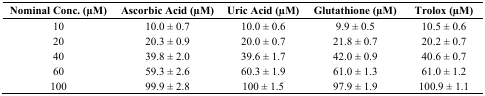
<table><thead><tr><td><b>Nominal Conc. (μM)</b></td><td><b>Ascorbic Acid (μM)</b></td><td><b>Uric Acid (μM)</b></td><td><b>Glutathione (μM)</b></td><td><b>Trolox (μM)</b></td></tr></thead><tbody><tr><td>10</td><td>10.0 ± 0.7</td><td>10.0 ± 0.6</td><td>9.9 ± 0.5</td><td>10.5 ± 0.6</td></tr><tr><td>20</td><td>20.3 ± 0.9</td><td>20.0 ± 0.7</td><td>21.8 ± 0.7</td><td>20.2 ± 0.7</td></tr><tr><td>40</td><td>39.8 ± 2.0</td><td>39.6 ± 1.7</td><td>42.0 ± 0.9</td><td>40.6 ± 0.7</td></tr><tr><td>60</td><td>59.3 ± 2.6</td><td>60.3 ± 1.9</td><td>61.0 ± 1.3</td><td>61.0 ± 1.2</td></tr><tr><td>100</td><td>99.9 ± 2.8</td><td>100 ± 1.5</td><td>97.9 ± 1.9</td><td>100.9 ± 1.1</td></tr></tbody></table>